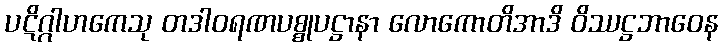
ပဋိဂ္ဂါဟကေသု တဒါဝရဏပစ္စုပဋ္ဌာနာ လောကောတိအာဒိ ဝိဿဋ္ဌဘာဝေန